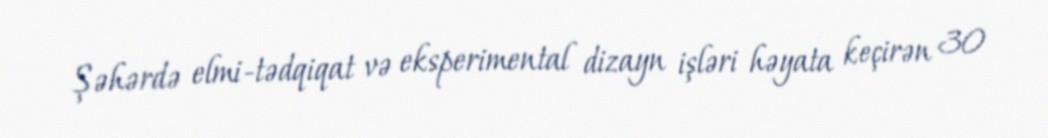
Şəhərdə elmi-tədqiqat və eksperimental dizayn işləri həyata keçirən 30